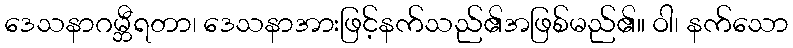
ဒေသနာဂမ္ဘီရတာ၊ ဒေသနာအားဖြင့်နက်သည်၏အဖြစ်မည်၏။ ဝါ၊ နက်သော